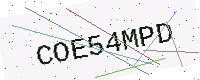
Text: COE54MPD